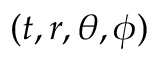
( t , r , \theta , \phi )